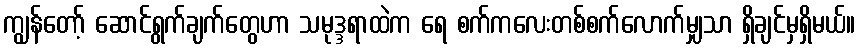
ကျွန်တော့် ဆောင်ရွက်ချက်တွေဟာ သမုဒ္ဒရာထဲက ရေ စက်ကလေးတစ်စက်လောက်မျှသာ ရှိချင်မှရှိမယ်။